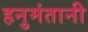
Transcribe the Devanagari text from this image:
हनुमंतानी